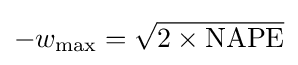
-w_{\rm {max}}={\sqrt {2\times {\hbox{NAPE}}}}